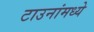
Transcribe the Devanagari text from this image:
टाउनांमध्ये